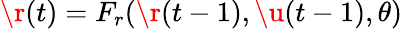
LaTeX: \r(t)=F_{r}(\r(t-1),\u(t-1),\theta)